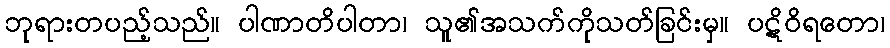
ဘုရားတပည့်သည်။ ပါဏာတိပါတာ၊ သူ၏အသက်ကိုသတ်ခြင်းမှ။ ပဋိဝိရတော၊